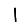
Digit: 1